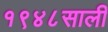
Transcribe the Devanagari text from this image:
१९४८साली